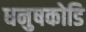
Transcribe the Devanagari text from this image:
धनुषकोडि